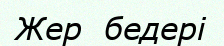
Жер  бедері